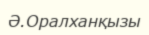
Ә.Оралханқызы